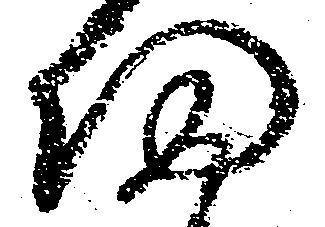
帰